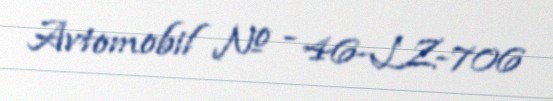
Avtomobil № - 46-LZ-706